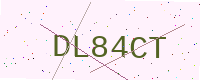
Text: DL84CT